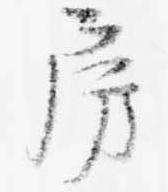
房